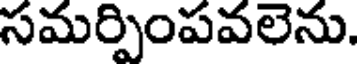
సమర్పింపవలెను.